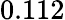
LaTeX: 0.112